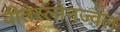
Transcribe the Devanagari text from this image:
वीतेस्लोनज्वल